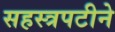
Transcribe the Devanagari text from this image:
सहस्त्रपटीने